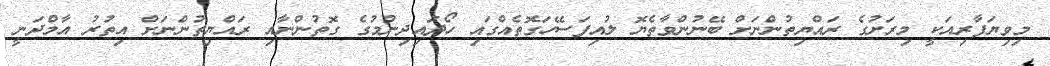
މިވިޔަފާރިއަކީ މިރަށުގެ ރައްޔިތުންނަށް ބޭނުންވާތެޔޮ ލުއިފަސޭހަގޮތެއްގައި ހޯދައިދިނުމުގެ ގޮތުންނާއި ރައްޔިތުންނަށް އިތުރު އާމްދަނީ